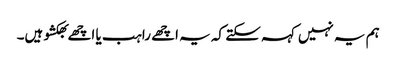
ہم یہ نہیں کہہ سکتے کہ یہ اچھے راہب یا اچھے بھکشو ہیں۔